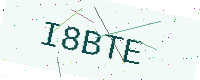
Text: I8BTE